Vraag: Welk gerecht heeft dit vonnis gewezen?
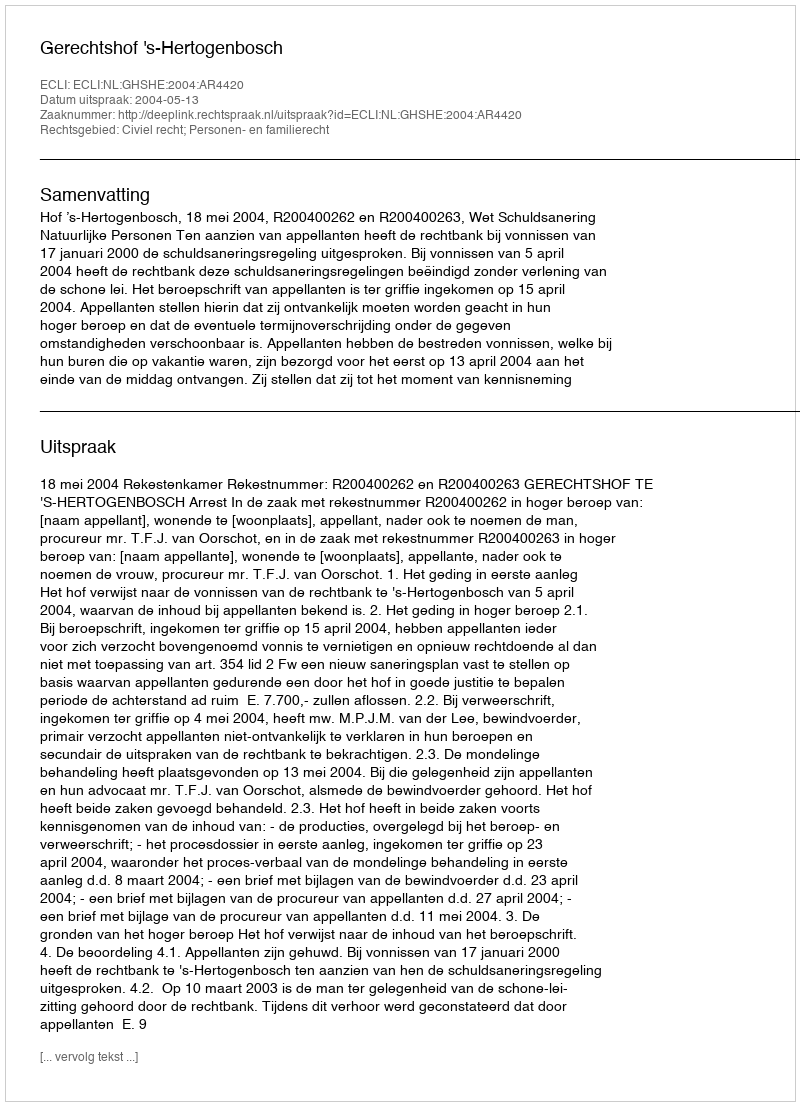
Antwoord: Gerechtshof 's-Hertogenbosch